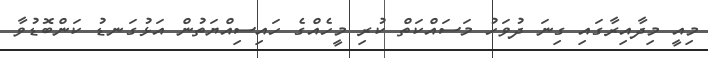
މިއީ މިދާއިރާގައި ގިނަ ދުވަހު މަސައްކަތް ކުރި މީހެއްގެ ހައިސިއްޔަތުން އަޅުގަނޑު ކަންބޮޑުވާ